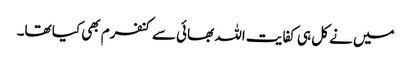
میں نے کل ہی کفایت اللہ بھائی سے کنفرم بھی کیا تھا۔